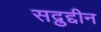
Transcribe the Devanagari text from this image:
सद्रुद्दीन